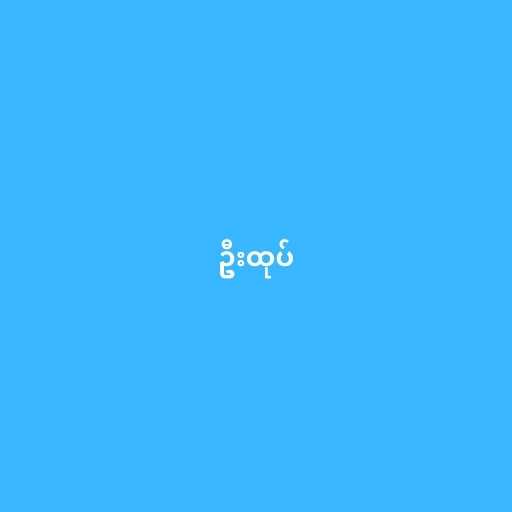
ဦးထုပ်